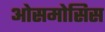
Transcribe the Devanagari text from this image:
ओसमोसिस